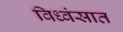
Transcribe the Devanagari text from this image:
विध्वंसात